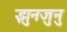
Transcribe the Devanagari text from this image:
झुनजुनु